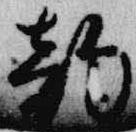
韵